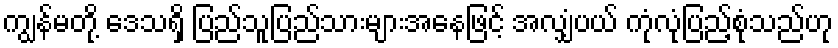
ကျွန်မတို့ ဒေသရှိ ပြည်သူပြည်သားများအနေဖြင့် အလျှံပယ် ကုံလုံပြည့်စုံသည်ဟု